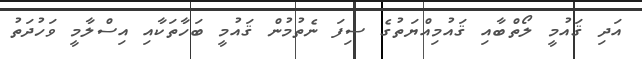
އަދި ޤައުމީ ލޯތްބާއި ޤައުމިއްޔަތުގެ ސިފަ ނެތުމުން ޤައުމީ ބަހާތަކާއި އިސްލާމީ ވަހުދަތު